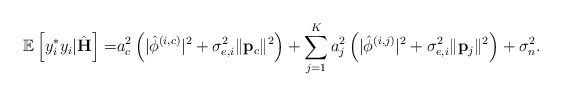
\begin{align*} \mathbb{E}\left[ y_i^* y_i|\hat{\mathbf{H}}\right]=&a_c^2\left(\lvert\hat{\phi}^{\left(i,c\right)}\rvert^2+\sigma_{e,i}^2\lVert\mathbf{p}_c\rVert^2\right)+\sum_{j=1}^{K}a_j^2\left(\lvert\hat{\phi}^{\left(i,j\right)}\rvert^2+\sigma_{e,i}^2\lVert\mathbf{p}_j\rVert^2\right)+\sigma_n^2.\end{align*}